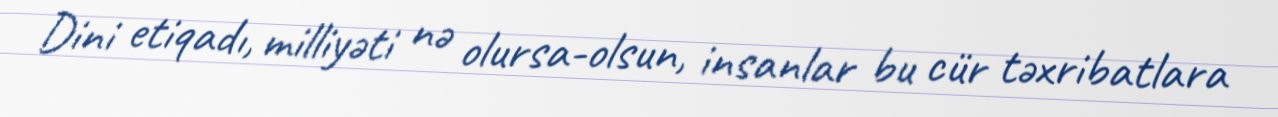
Dini etiqadı, milliyəti nə olursa-olsun, insanlar bu cür təxribatlara